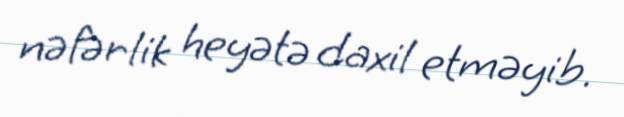
nəfərlik heyətə daxil etməyib.